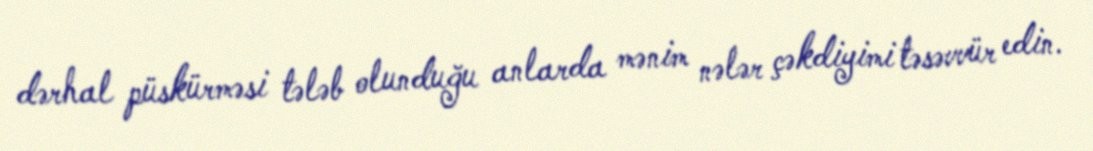
dərhal püskürməsi tələb olunduğu anlarda mənim nələr çəkdiyimi təsəvvür edin.